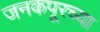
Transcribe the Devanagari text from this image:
जनकपूरच्या